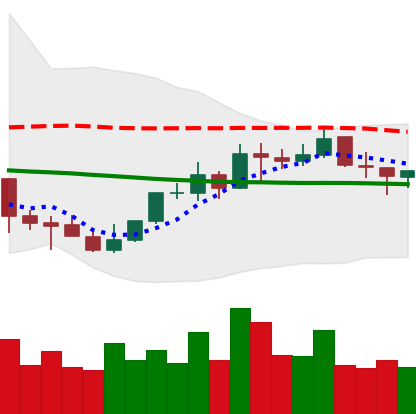
Ticker: NEO-USD
Chart end date: 2021-10-13
Forward return: -4.253%
Label: down_3_5